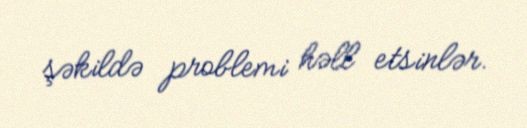
şəkildə problemi həll etsinlər.